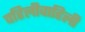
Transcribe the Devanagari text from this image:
पहिलीवाहिली